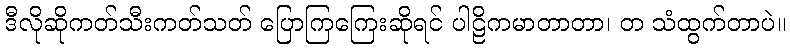
ဒီလိုဆိုကတ်သီးကတ်သတ် ပြောကြကြေးဆိုရင် ပါဠိကမာတာတာ၊ တ သံထွက်တာပဲ။